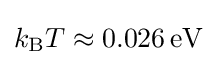
k_{\text{B}}T\approx 0.026\,\mathrm {eV}